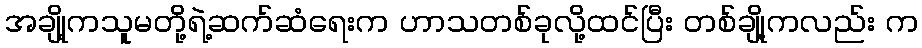
အချို့ကသူမတို့ရဲ့ဆက်ဆံရေးက ဟာသတစ်ခုလို့ထင်ပြီး တစ်ချို့ကလည်း က